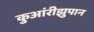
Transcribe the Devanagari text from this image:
कुआंरीझुपान